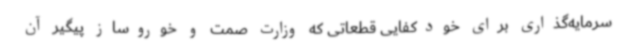
سرمایه‌گذاری برای خودکفایی قطعاتی که وزارت صمت و خوروساز پیگیر آن